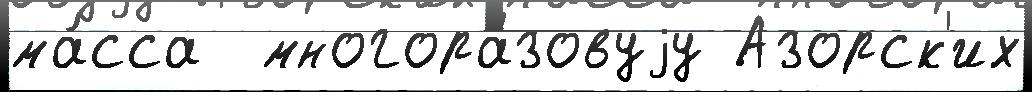
ма́сса  многора́зовуjу Азорск'их